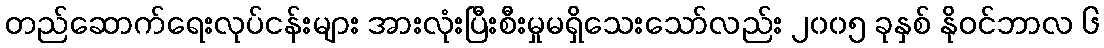
တည်ဆောက်ရေးလုပ်ငန်းများ အားလုံးပြီးစီးမှုမရှိသေးသော်လည်း ၂၀၀၅ ခုနှစ် နိုဝင်ဘာလ ၆